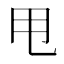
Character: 甩